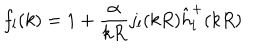
f _ { l } ( k ) = 1 + \frac { \alpha } { k R } j _ { l } ( k R ) \hat { h } _ { l } ^ { + } ( k R )